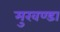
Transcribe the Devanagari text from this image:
मुखण्डा